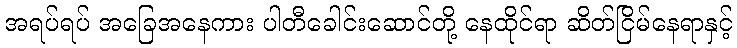
အရပ်ရပ် အခြေအနေကား ပါတီခေါင်းဆောင်တို့ နေထိုင်ရာ ဆိတ်ငြိမ်နေရာနှင့်